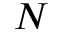
N